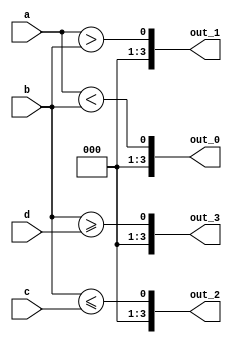
module relation(a, b, c, d, out_0, out_1, out_2, out_3);
input [3:0] a, b, c, d;
output [3:0] out_0, out_1, out_2, out_3;
//a=4'b1010; b=4'b0101; c=4'b000x; d=4'b100z;

assign out_0 = a < b; //1'b0
assign out_1 = a > b; //1'b1
assign out_2 = b <= c; //1'bx
assign out_3 = b >= d; //1'bx

endmodule